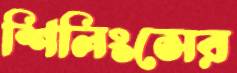
শিলিংসের